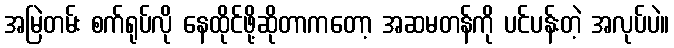
အမြဲတမ်း စက်ရုပ်လို နေထိုင်ဖို့ဆိုတာကတော့ အဆမတန်ကို ပင်ပန်းတဲ့ အလုပ်ပဲ။